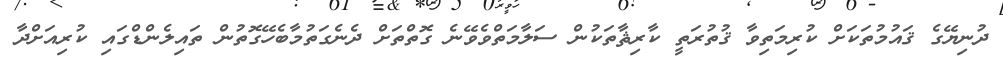
ދުނިޔޭގެ ޤައުމުތަކަށް ކުރިމަތިވާ ޤުތުރަތީ ކާރިޘާތަކުން ސަލާމަތްވެވޭނެ ގޮތްތަށް ދެނެގަތުމާބެހޭގޮތުން ތައިލެންޑްގައި ކުރިއަށްދާ